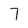
Character: 7